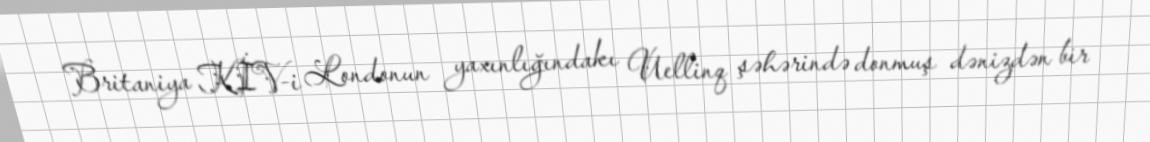
Britaniya KİV-i Londonun yaxınlığındakı Uellinq şəhərində donmuş dənizdən bir